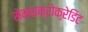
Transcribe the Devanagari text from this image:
सेमाइक्रोक्रेडिट